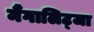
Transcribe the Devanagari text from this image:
मैंगालिट्जा